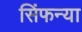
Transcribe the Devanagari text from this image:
सिंफन्या